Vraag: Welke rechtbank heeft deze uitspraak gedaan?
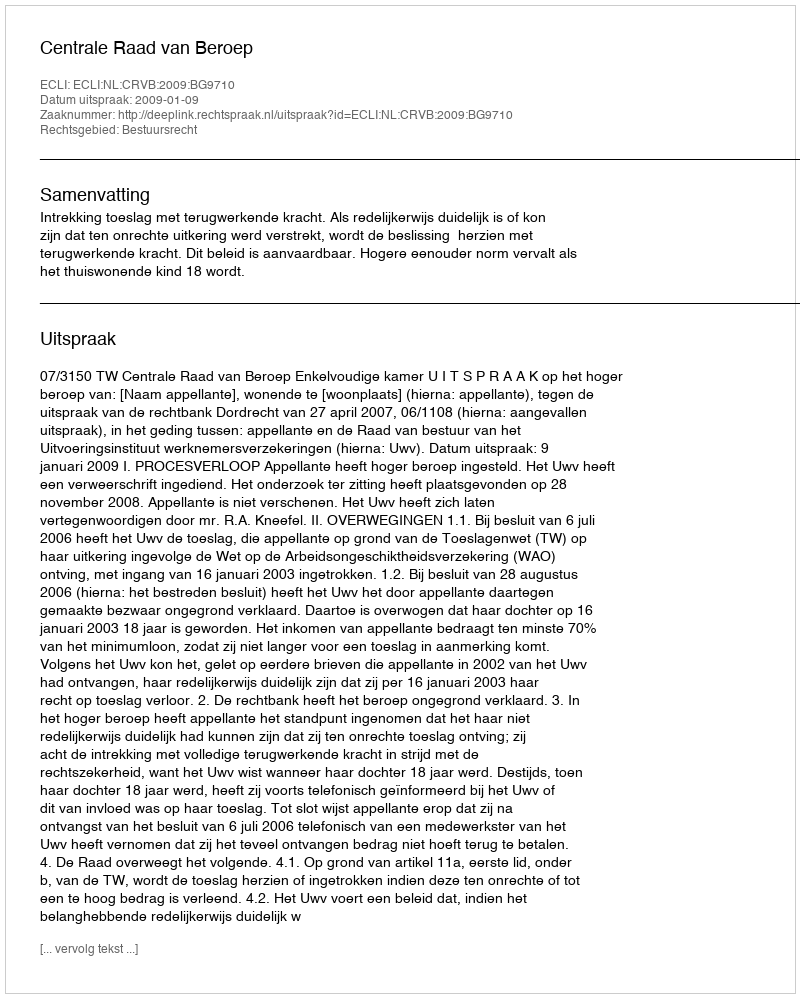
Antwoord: Centrale Raad van Beroep